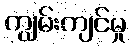
ကျွမ်းကျင်မှု